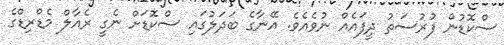
ސްކޮޑުން ފުރުސަތު ދީފައެއް ނުވެއެވެ. އޭނާގެ ބަދަލުގައި ސްކޮޑަށް ނެގީ ރެއާލް މެޑްރިޑްގެ